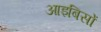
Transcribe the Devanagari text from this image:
आइबिसों